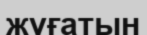
жүғатын